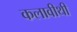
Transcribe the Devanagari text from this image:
कलावीथी